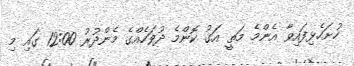
ހުށަހެޅިފައިވާ އެންމެ މަތީ އަގު ކޮންމެ ދުވަހެއްގެ މެންދުރު 12:00 ގައި މި